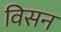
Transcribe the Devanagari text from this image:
विसन